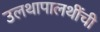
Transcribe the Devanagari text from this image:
उलथापालथींची